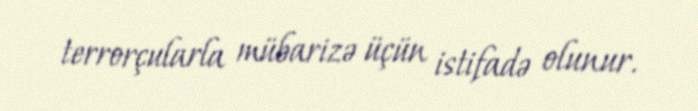
terrorçularla mübarizə üçün istifadə olunur.